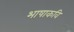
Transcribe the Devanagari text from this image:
भाषाकवि